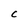
Character: c